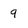
Character: 9